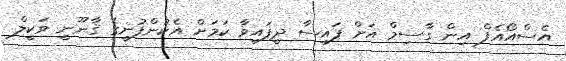
އެސްއޯއެފް އިން ގާސިމް އަށް ފައިސާ ދީފައިވާ ކަމަށް އެކުންފުނީގެ ޤާނޫނީ ވަކީލް